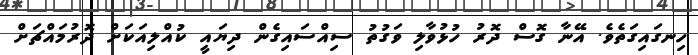
ހިނގައިގަތެވެ. އޭނާ ގޮސް ދޮރު ހުޅުވާލި ވަގުތު ސިއްސައިގެން ދިޔައީ ކުއްލިއަކަށް ދޮރުމައްޗަށް